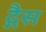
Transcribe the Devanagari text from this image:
द्गैस